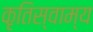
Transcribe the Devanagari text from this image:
कृतिस्वाम्य